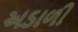
અડાળી